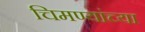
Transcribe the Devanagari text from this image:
चिमण्यांच्या